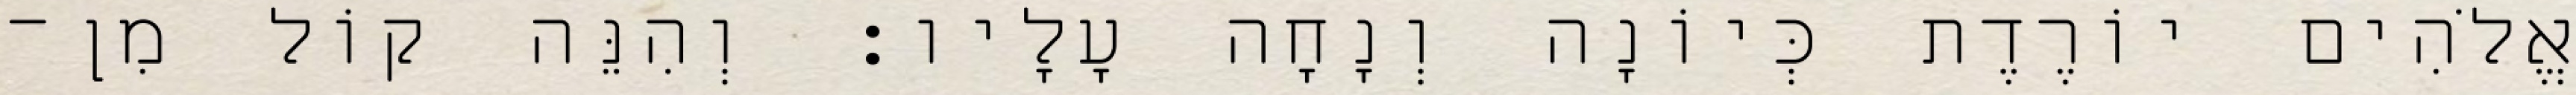
אֱלֹהִים יוֹרֶדֶת כְּיוֹנָה וְנָחָה עָלָיו׃ וְהִנֵּה קוֹל מִן־